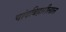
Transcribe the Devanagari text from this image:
चांदबिहारीलाल